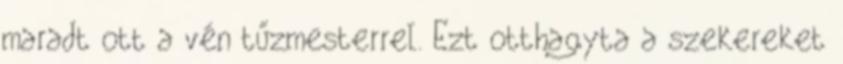
maradt ott a vén tűzmesterrel. Ezt otthagyta a szekereket